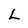
Character: L